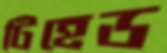
টিহেড